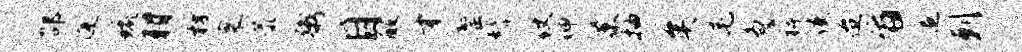
邵逄琉羽枋寰恭粥目醉才罄髭仗伸巢抽矣毛急裨使迨旨追剌